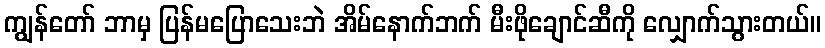
ကျွန်တော် ဘာမှ ပြန်မပြောသေးဘဲ အိမ်နောက်ဘက် မီးဖိုချောင်ဆီကို လျှောက်သွားတယ်။